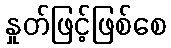
နှုတ်ဖြင့်ဖြစ်စေ